画像に写った文字を読んでください
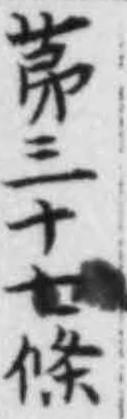
「苐三十七條」と書いてあります